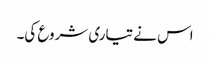
اس نے تیاری شروع کی۔